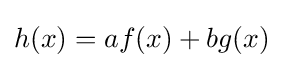
{\textstyle h(x)=af(x)+bg(x)}